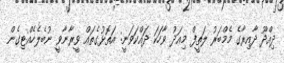
ދިއްދޫ ދާއިރާގެ މެމްބަރު ލަތީފް މިއަދު ވާހަކަ ދައްކަވަނީ: އަތޮޅުގެތައް ވީރާނާވީ ނުބެލެެހެއްޓިގެން